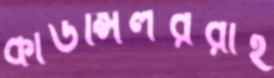
কাউন্সিলররাই